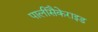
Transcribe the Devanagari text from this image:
पालीसैकेराइड